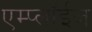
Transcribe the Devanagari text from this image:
एम्प्लॉईज